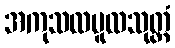
အကုသလမူလသုတ္တံ